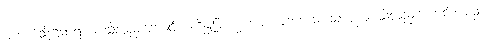
အဘယ်သို့သောရဟန်းသို့လည်းကောင်း။ ကိန္နုဗြာဟ္မဏံဝါ၊ အဘယ်သို့သောပုဏ္ဏားသို့လည်းကောင်း။ ပဉှံ၊